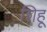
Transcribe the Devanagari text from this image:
शिहू